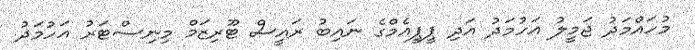
މުހައްމަދު ޖަމީލު އަހުމަދު އަދި ޕީޕީއެމްގެ ނައިބު ރައީސް ޓޫރިޒަމް މިނިސްޓަރު އަހުމަދު